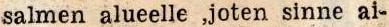
salmen alueelle ,joten sinne ai-